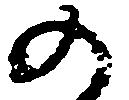
の